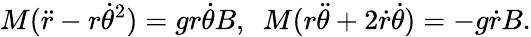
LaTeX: M(\ddot{r}-r{\dot{\theta}}^{2})=gr\dot{\theta}B,~~M(r\ddot{\theta}+2\dot{r}\dot{\theta})=-g\dot{r}B.